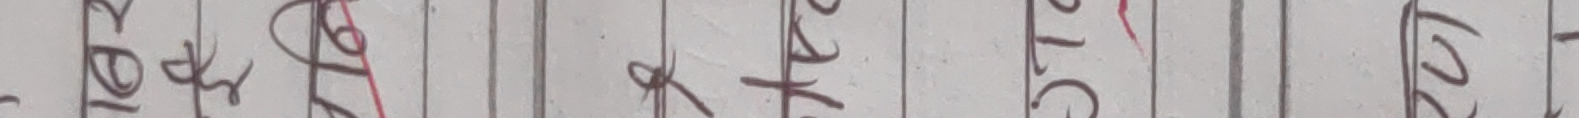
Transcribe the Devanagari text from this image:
टेलि ग्राम अकाउण्ट १६